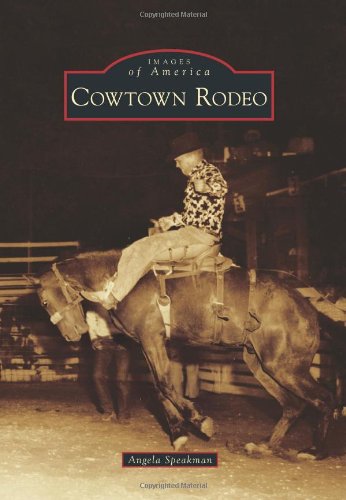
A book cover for Cowtown Rodeo (Images of America (Arcadia Publishing)); Angela Speakman; Sports & Outdoors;